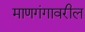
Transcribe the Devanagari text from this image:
माणगंगावरील